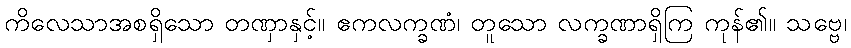
ကိလေသာအစရှိသော တဏှာနှင့်။ ဧကလက္ခဏံ၊ တူသော လက္ခဏာရှိကြ ကုန်၏။ သဗ္ဗေ၊